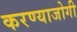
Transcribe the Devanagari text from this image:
करण्‍याजोगी